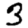
Digit: 3